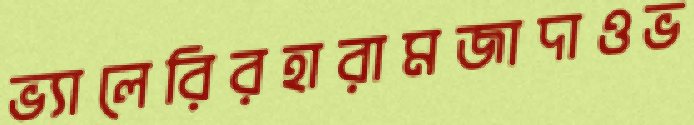
ভ্যালেরিরহারামজাদাওভ